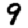
Digit: 9